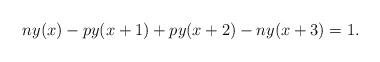
LaTeX: \begin{align*}ny(x)-py(x+1)+py(x+2)-ny(x+3)=1.\end{align*}